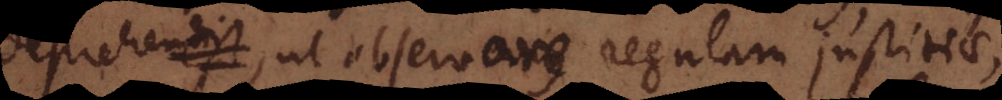
deprehendi observare regulam justitiae,